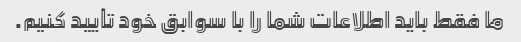
ما فقط باید اطلاعات شما را با سوابق خود تأیید کنیم.